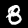
Digit: 8